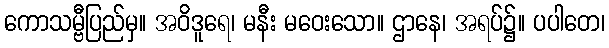
ကောသမ္ဗီပြည်မှ။ အဝိဒူရေ၊ မနီး မဝေးသော။ ဌာနေ၊ အရပ်၌။ ပပါတေ၊